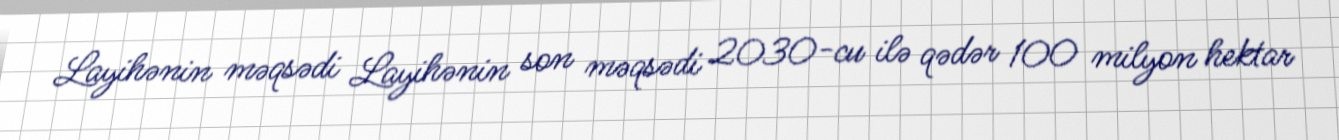
Layihənin məqsədi Layihənin son məqsədi 2030-cu ilə qədər 100 milyon hektar